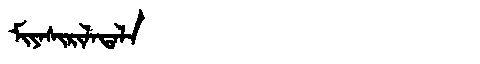
Manchu: ᠮᡳᠶᠠᠰᡳᡵᡳᠯᠠᡨᠠᠯᠠ
Romanization: MIYASIRILATALA